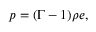
p = ( \Gamma - 1 ) \rho e ,